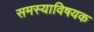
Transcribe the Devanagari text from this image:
समस्याविषयक